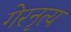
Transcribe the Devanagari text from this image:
गेरनृत्य